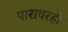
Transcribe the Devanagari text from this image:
पारावरही